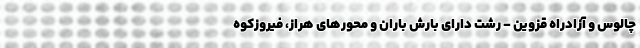
چالوس و آزادراه قزوین - رشت دارای بارش باران و محورهای هراز، فیروزکوه